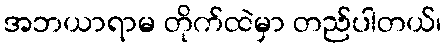
အဘယာရာမ တိုက်ထဲမှာ တည်ပါတယ်၊